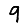
Digit: 9